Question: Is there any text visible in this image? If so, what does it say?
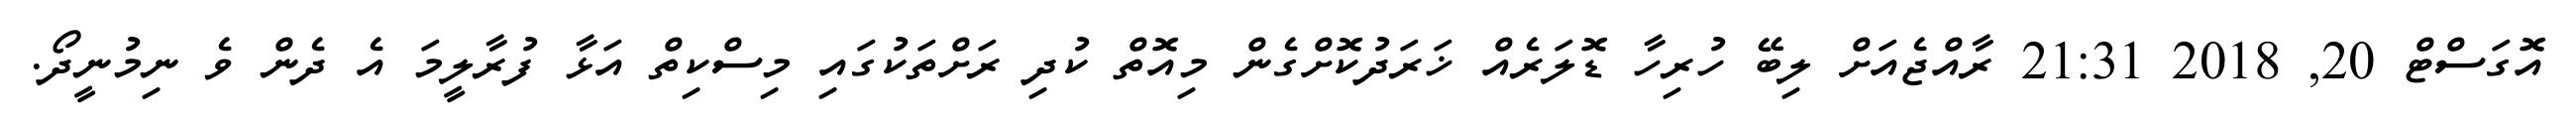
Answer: އޮގަސްޓް 20, 2018 21:31 ރާއްޖެއަށް ލިބޭ ހުރިހާ ޑޮލަރެއް ޚަރަދުކޮށްގެން މިއޮތް ކުދި ރަށްތަކުގައި މިސްކިތް އަޅާ ފުރާލީމަ އެ ދެން ވެ ނިމުނީދޯ.